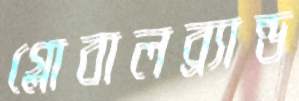
গ্লোবালব্র্যান্ড